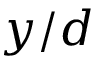
y / d